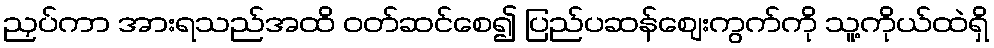
ညှပ်ကာ အားရသည်အထိ ဝတ်ဆင်စေ၍ ပြည်ပဆန်ဈေးကွက်ကို သူ့ကိုယ်ထဲရှိ